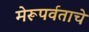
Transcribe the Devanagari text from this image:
मेरूपर्वताचे